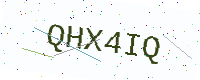
Text: QHX4IQ